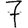
Digit: 7